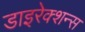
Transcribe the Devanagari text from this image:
डाइरेक्शन्स